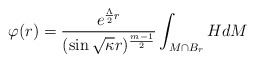
\begin{align*}\varphi(r)=\dfrac{e^{\frac{\Lambda}{2}r}}{(\sin\sqrt{\kappa}r)^{\frac{m-1}{2}}}\int_{M\cap B_r}HdM\end{align*}